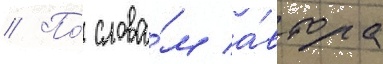
// По́ слова́м а́втора